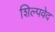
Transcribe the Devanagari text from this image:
शिल्पवेद